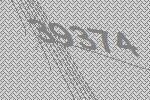
39374